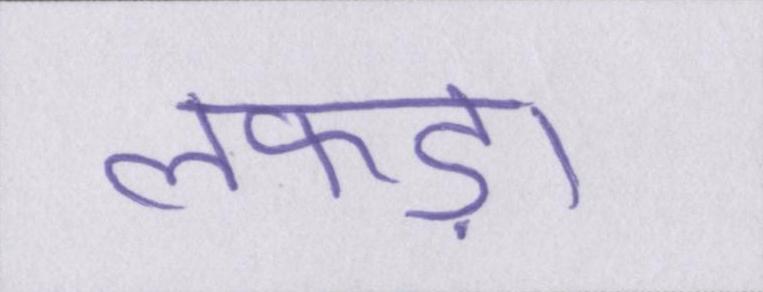
लफड़ा